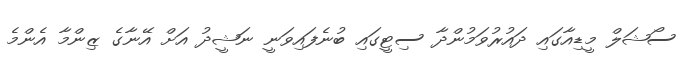
ސޯޝަލް މީޑިއާގައި ދައުރުވަމުންދާ ސިޓީގައި ބުނެފައިވަނީ ނަޝީދު އަށް އޭނާގެ ޒިންމާ އެންމެ